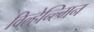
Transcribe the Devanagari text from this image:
विल्हेन्ल्मिन